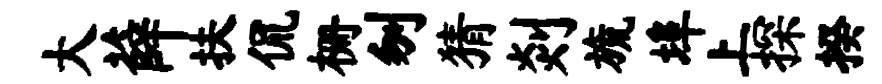
大薛扶侃栅刎猜剡旒埠上探揆